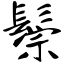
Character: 鬃